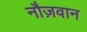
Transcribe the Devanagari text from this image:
नौज़वान